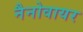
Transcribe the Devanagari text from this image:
नैनोवायर